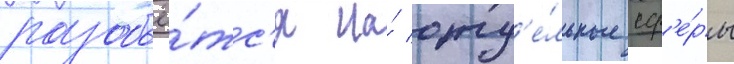
разобьё́тс'я на́ отд'е́льные сф'е́ры